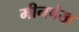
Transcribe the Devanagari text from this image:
मीनपंख